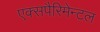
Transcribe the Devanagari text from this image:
एक्सपैरिमेन्टल